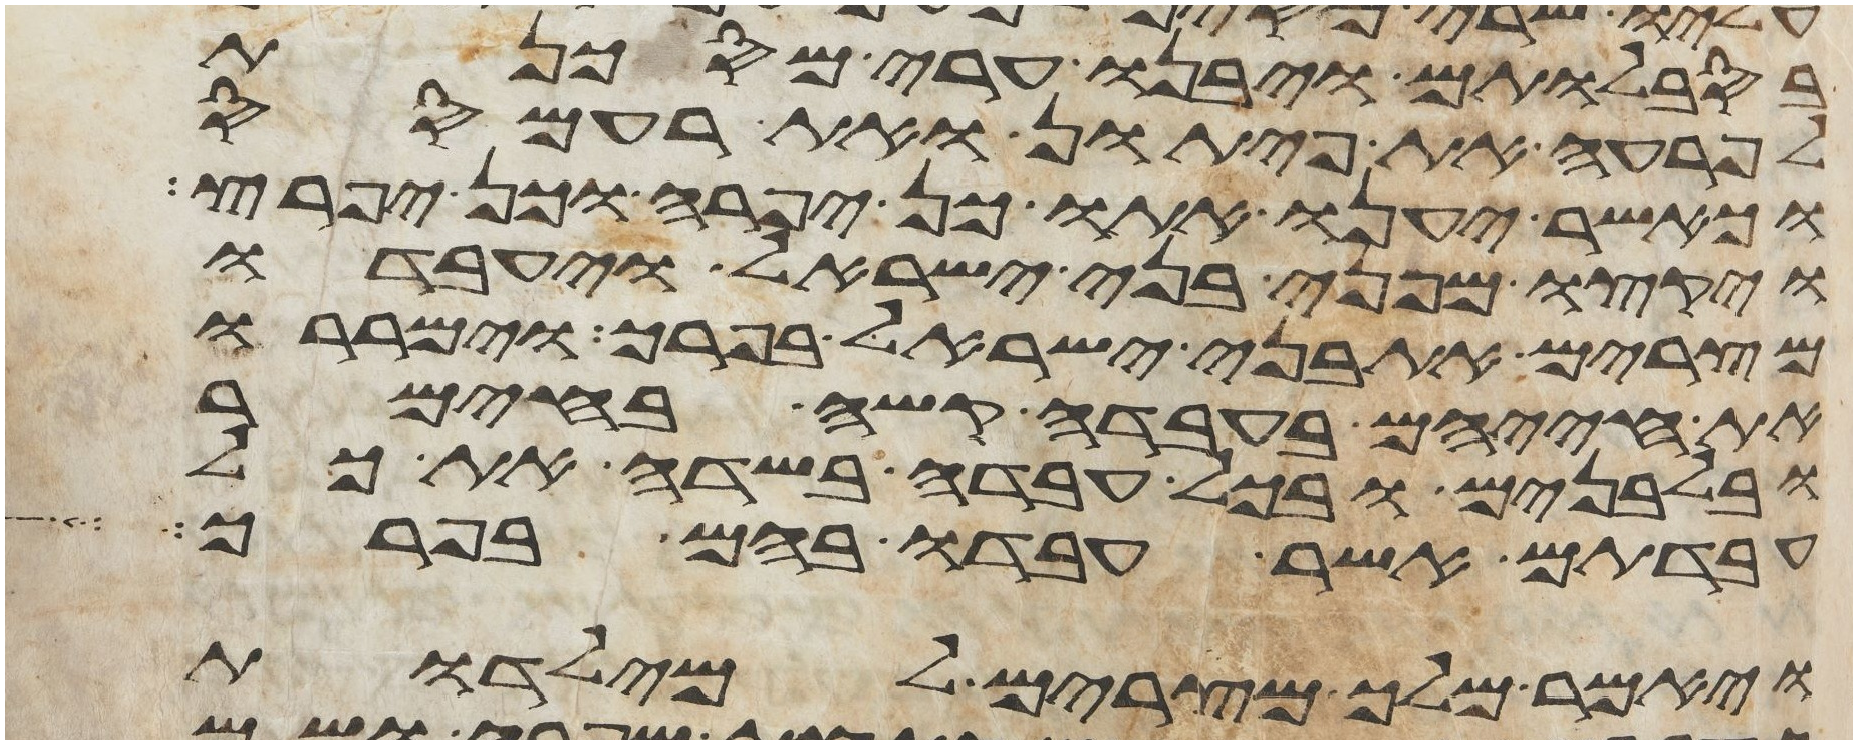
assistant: בסבלותם ויבנו ערי מסכנת
לפרעה את פיתון ואת רעמסס
וכאשר יענו אתו כן יפרה וכן יפרץ
ויקצו מפני בני ישראל ויעבדו
מצרים את בני ישראל בפרך וימררו
את חייהם בעבדה קשה בחימר
ובלבנים ובכל עבדה בשדה את כל
עבדתם אשר עבדו בהם בפרך
ויאמר מלך מצרים למילדות